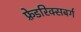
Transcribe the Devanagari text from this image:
फ़्रेडरिक्सबर्ग